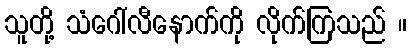
သူတို့ သံဂေါ်လီနောက်ကို လိုက်ကြသည် ။